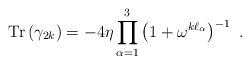
LaTeX: \begin{align*}{\rm Tr}\left(\gamma_{2k}\right)=-4\eta\prod_{\alpha=1}^3 \left(1+\omega^{k\ell_\alpha}\right)^{-1}~.\end{align*}